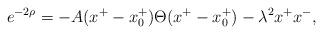
LaTeX: \begin{align*}e^{-2\rho}=-A (x^+ -x_0^+) \Theta(x^+ -x_0^+)-\lambda^2 x^+ x^-,\end{align*}